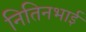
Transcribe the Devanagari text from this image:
नितिनभाई